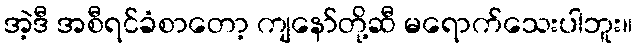
အဲ့ဒီ အစီရင်ခံစာတော့ ကျနော်တို့ဆီ မရောက်သေးပါဘူး။